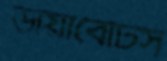
ডায়াবেটিস